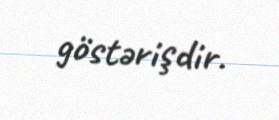
göstərişdir.